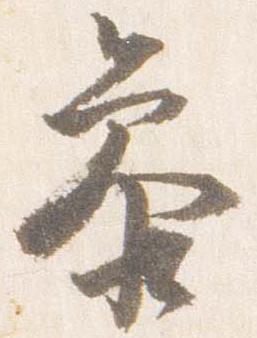
参